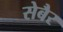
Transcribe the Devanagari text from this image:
सेबैर